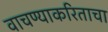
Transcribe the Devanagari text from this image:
वाचण्याकरिताचा